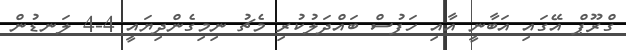
ގްރޫޕް އޭގައި އަބާނީ އާއި ހަފުސް ބައްދަލުކުރި މެޗު ނިމިގެންދިޔައީ 4-4 ލަނޑުން